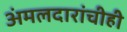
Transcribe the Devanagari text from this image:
अंमलदारांचीही